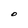
Character: O